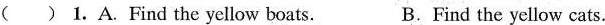
( ) 1.A.Find the yellow boats. B.Find the yellow cats.